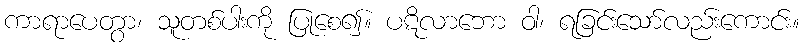
ကာရာပေတွာ၊ သူတစ်ပါးကို ပြုစေ၍။ ပဋိလာဘော ဝါ၊ ရခြင်းသော်လည်းကောင်း။